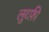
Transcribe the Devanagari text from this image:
लुथ्फ़ी